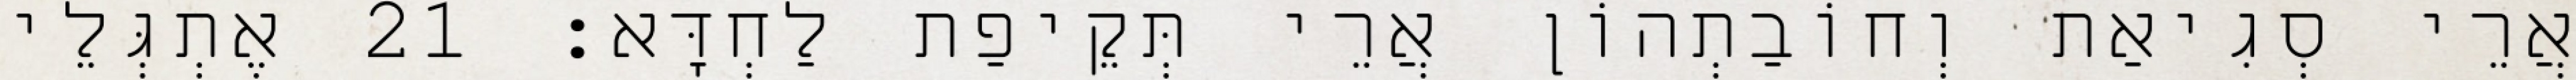
אֲרֵי סְגִיאַת וְחוֹבַתְהוֹן אֲרֵי תְּקֵיפַת לַחְדָּא׃ 21 אֶתְגְּלֵי